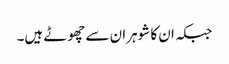
جبکہ ان کا شوہران سے چھوٹے ہیں۔